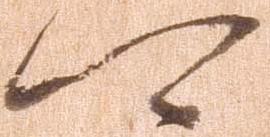
可